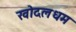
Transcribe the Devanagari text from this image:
खोदलधम